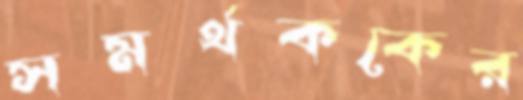
সমর্থককের